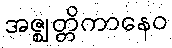
အဇ္ဈတ္တိကာနေဝ